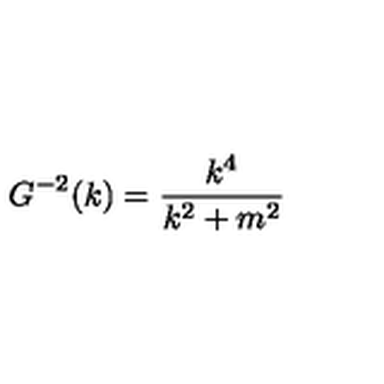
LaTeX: G ^ { - 2 } ( k ) = \frac { k ^ { 4 } } { k ^ { 2 } + m ^ { 2 } }